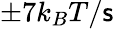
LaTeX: \pm7k_{B}T/\mathsf{s}